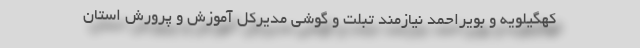
کهگیلویه و بویراحمد نیازمند تبلت و گوشی مدیرکل آموزش و پرورش استان